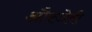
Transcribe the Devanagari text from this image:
औरजेरी